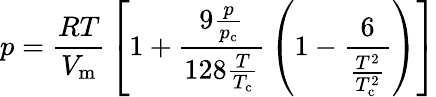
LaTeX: p={\frac{RT}{V_{\mathrm{m}}}}\left[1+{\frac{9{\frac{p}{p_{\mathrm{c}}}}}{128{\frac{T}{T_{\mathrm{c}}}}}}\left(1-{\frac{6}{\frac{T^{2}}{T_{\mathrm{c}}^{2}}}}\right)\right]